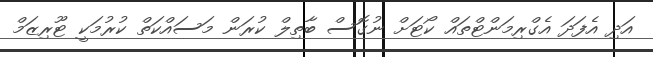
އަދި އެފަދަ އެގްރިމަންޓްތައް ކޯޓަށް ނުގޮސް ބާތިލް ކުރަން މަސައްކަތް ކުރުމަކީ ޓޫރިޒަމް